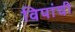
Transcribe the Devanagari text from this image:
विपांची